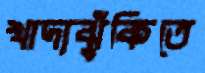
খাদ্যঝুঁকিতে